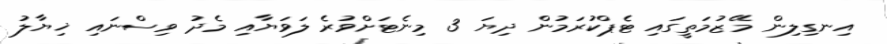
އިނގިލިން މޭޒުމަތީގައި ޓެޕްކުރަމުން ދިޔަ 3 މިނެޓަށްވުރެ ލަވަޔާއި މެދު ވިސްނައި ޚިޔާލު